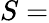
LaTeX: S=